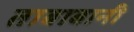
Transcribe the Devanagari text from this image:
ताबाबानी